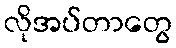
လိုအပ်တာတွေ